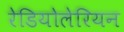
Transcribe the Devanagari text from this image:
रेडियोलेरियन